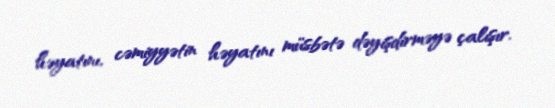
həyatını, cəmiyyətin həyatını müsbətə dəyişdirməyə çalışır.